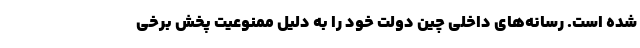
شده است. رسانه‌های داخلی چین دولت خود را به دلیل ممنوعیت پخش برخی